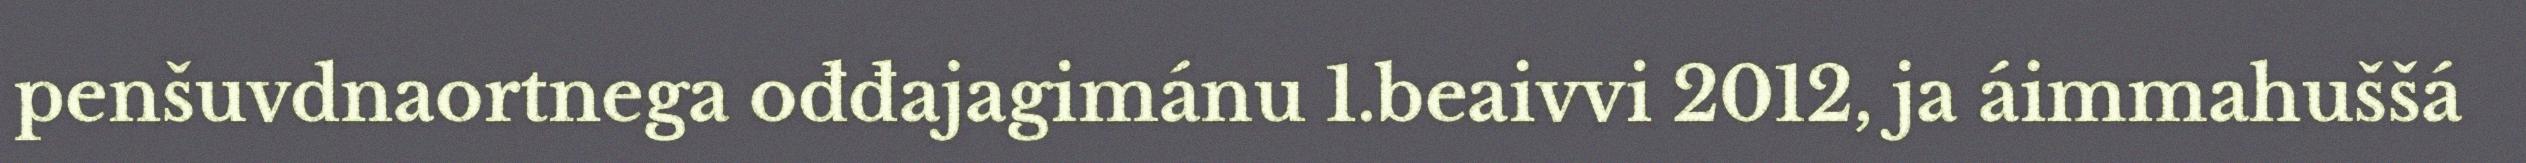
penšuvdnaortnega ođđajagimánu 1.beaivvi 2012, ja áimmahuššá